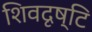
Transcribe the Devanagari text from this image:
शिवदृष्टि